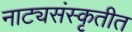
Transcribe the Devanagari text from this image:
नाट्यसंस्कृतीत